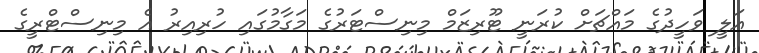
އަލީ ވަހީދުގެ މައްޗަށް ކުރަނީ ޓޫރިޒަމް މިނިސްޓަރުގެ މަގާމުގައި ހުރިއިރު އެ މިނިސްޓްރީގެ